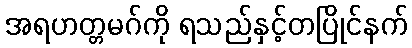
အရဟတ္တမဂ်ကို ရသည်နှင့်တပြိုင်နက်